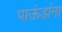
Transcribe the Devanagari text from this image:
पाऊंडांना